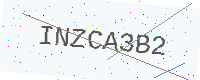
Text: INZCA3B2